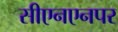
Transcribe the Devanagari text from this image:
सीएनएनपर